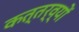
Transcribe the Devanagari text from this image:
कत्तर्व्यों